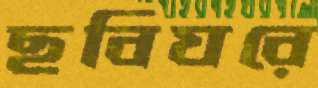
ছবিঘরে